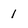
Character: 1